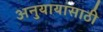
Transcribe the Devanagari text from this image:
अनुयायांसाठी